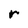
Character: r